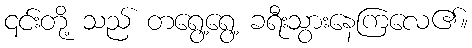
၎င်းတို့ သည် တရွေ့ရွေ့ ခရီးသွားနေကြလေ၏။